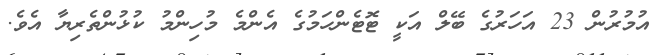
އުމުރުން 23 އަހަރުގެ ބޭލް އަކީ ޓޮޓެންހަމުގެ އެންމެ މުހިންމު ކުޅުންތެރިޔާ އެވެ.